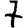
Digit: 7